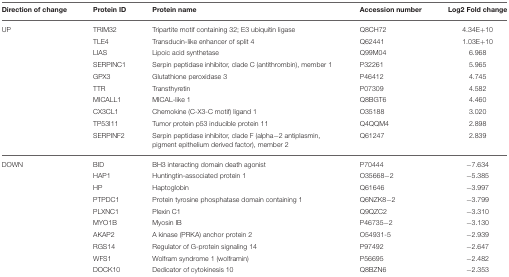
| Direction of change | Protein ID | Protein name | Accession number | Log2 Fold change |
 | --- | --- | --- | --- | --- |
 | UP | TRIM32 | Tripartite motif containing 32; E3 ubiquitin ligase | Q8CH72 | 4.34E+10 |
 |  | TLE4 | Transducin-like enhancer of split 4 | Q62441 | 1.03E+10 |
 |  | LIAS | Lipoic acid synthetase | Q99M04 | 6.968 |
 |  | SERPINC1 | Serpin peptidase inhibitor, clade C (antithrombin), member 1 | P32261 | 5.965 |
 |  | GPX3 | Glutathione peroxidase 3 | P46412 | 4.745 |
 |  | TTR | Transthyretin | P07309 | 4.582 |
 |  | MICALL1 | MICAL-like 1 | Q8BGT6 | 4.460 |
 |  | CX3CL1 | Chemokine (C-X3-C motif) ligand 1 | O35188 | 3.020 |
 |  | TP53I11 | Tumor protein p53 inducible protein 11 | Q4QQM4 | 2.898 |
 |  | SERPINF2 | Serpin peptidase inhibitor, clade F (alpha−2 antiplasmin, pigment epithelium derived factor), member 2 | Q61247 | 2.839 |
 | DOWN | BID | BH3 interacting domain death agonist | P70444 | −7.634 |
 |  | HAP1 | Huntingtin-associated protein 1 | O35668−2 | −5.385 |
 |  | HP | Haptoglobin | Q61646 | −3.997 |
 |  | PTPDC1 | Protein tyrosine phosphatase domain containing 1 | Q6NZK8−2 | −3.799 |
 |  | PLXNC1 | Plexin C1 | Q9QZC2 | −3.310 |
 |  | MYO1B | Myosin IB | P46735−2 | −3.130 |
 |  | AKAP2 | A kinase (PRKA) anchor protein 2 | O54931-5 | −2.939 |
 |  | RGS14 | Regulator of G-protein signaling 14 | P97492 | −2.647 |
 |  | WFS1 | Wolfram syndrome 1 (wolframin) | P56695 | −2.482 |
 |  | DOCK10 | Dedicator of cytokinesis 10 | Q8BZN6 | −2.353 |